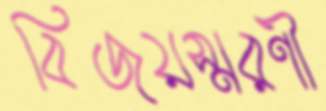
বিজয়স্মরণী